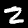
Label: 2